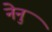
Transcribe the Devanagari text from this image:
नेनु